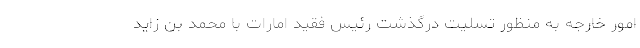
امور خارجه به منظور تسلیت درگذشت رئیس فقید امارات با محمد بن زاید